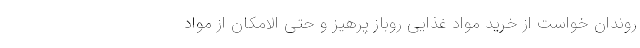
روندان خواست از خرید مواد غذایی روباز پرهیز و حتی الامکان از مواد